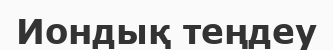
Иондық теңдеу